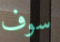
سوف